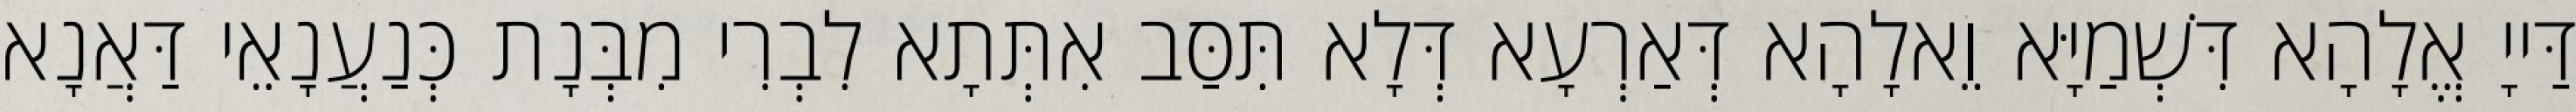
דַּייָ אֱלָהָא דִּשְׁמַיָּא וֵאלָהָא דְּאַרְעָא דְּלָא תִּסַּב אִתְּתָא לִבְרִי מִבְּנָת כְּנַעֲנָאֵי דַּאֲנָא